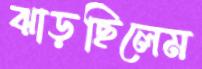
ঝাড়ছিলেম